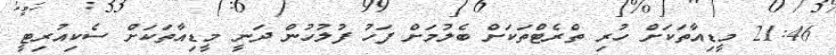
21:46 މީޑިއާތަކަށް ހުރި ތްރެޓްތަކަށް ބެލުމަށް ފަހު ފުލުހުން ދަނީ މީޑިއާތަކަށް ސެކިއުރިޓީ